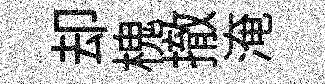
却槐撤淹